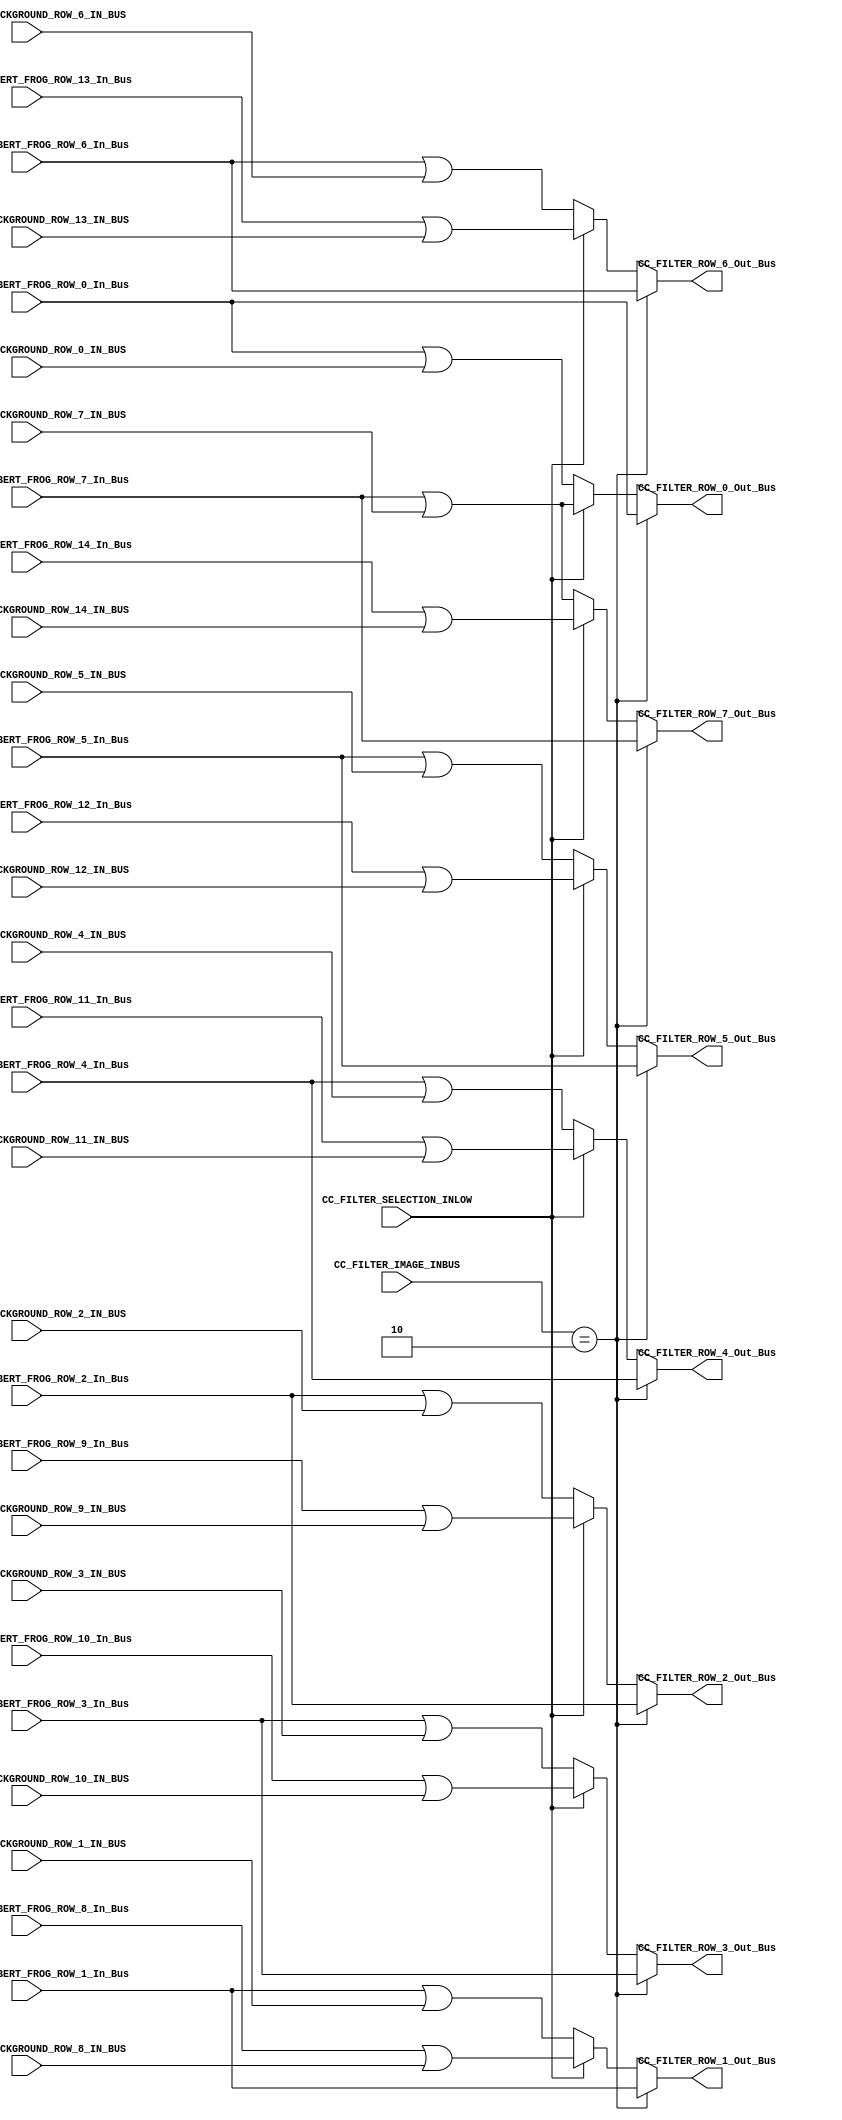
/*######################################################################
//#	G0B1T: HDL EXAMPLES. 2018.
//######################################################################
//# Copyright (C) 2018. F.E.Segura-Quijano (FES) fsegura@uniandes.edu.co
//# 
//# This program is free software: you can redistribute it and/or modify
//# it under the terms of the GNU General Public License as published by
//# the Free Software Foundation, version 3 of the License.
//#
//# This program is distributed in the hope that it will be useful,
//# but WITHOUT ANY WARRANTY; without even the implied warranty of
//# MERCHANTABILITY or FITNESS FOR A PARTICULAR PURPOSE.  See the
//# GNU General Public License for more details.
//#
//# You should have received a copy of the GNU General Public License
//# along with this program.  If not, see <http://www.gnu.org/licenses/>
//####################################################################*/
//=======================================================
//  MODULE Definition
//=======================================================
module CC_FILTER (
//////////// OUTPUTS //////////
	CC_FILTER_ROW_0_Out_Bus,
	CC_FILTER_ROW_1_Out_Bus,
	CC_FILTER_ROW_2_Out_Bus,
	CC_FILTER_ROW_3_Out_Bus,
	CC_FILTER_ROW_4_Out_Bus,
	CC_FILTER_ROW_5_Out_Bus,
	CC_FILTER_ROW_6_Out_Bus,
	CC_FILTER_ROW_7_Out_Bus,
	
//////////// INPUTS //////////
	CC_FILTER_ALBERT_FROG_ROW_0_In_Bus,
	CC_FILTER_ALBERT_FROG_ROW_1_In_Bus,
	CC_FILTER_ALBERT_FROG_ROW_2_In_Bus,
	CC_FILTER_ALBERT_FROG_ROW_3_In_Bus,
	CC_FILTER_ALBERT_FROG_ROW_4_In_Bus,
	CC_FILTER_ALBERT_FROG_ROW_5_In_Bus,
	CC_FILTER_ALBERT_FROG_ROW_6_In_Bus,
	CC_FILTER_ALBERT_FROG_ROW_7_In_Bus,
	CC_FILTER_ALBERT_FROG_ROW_8_In_Bus,
	CC_FILTER_ALBERT_FROG_ROW_9_In_Bus,
	CC_FILTER_ALBERT_FROG_ROW_10_In_Bus,
	CC_FILTER_ALBERT_FROG_ROW_11_In_Bus,
	CC_FILTER_ALBERT_FROG_ROW_12_In_Bus,
	CC_FILTER_ALBERT_FROG_ROW_13_In_Bus,
	CC_FILTER_ALBERT_FROG_ROW_14_In_Bus,
	
	CC_FILTER_BACKGROUND_ROW_0_IN_BUS,
	CC_FILTER_BACKGROUND_ROW_1_IN_BUS,
	CC_FILTER_BACKGROUND_ROW_2_IN_BUS,
	CC_FILTER_BACKGROUND_ROW_3_IN_BUS,
	CC_FILTER_BACKGROUND_ROW_4_IN_BUS,
	CC_FILTER_BACKGROUND_ROW_5_IN_BUS,
	CC_FILTER_BACKGROUND_ROW_6_IN_BUS,
	CC_FILTER_BACKGROUND_ROW_7_IN_BUS,
	CC_FILTER_BACKGROUND_ROW_8_IN_BUS,
	CC_FILTER_BACKGROUND_ROW_9_IN_BUS,
	CC_FILTER_BACKGROUND_ROW_10_IN_BUS,
	CC_FILTER_BACKGROUND_ROW_11_IN_BUS,
	CC_FILTER_BACKGROUND_ROW_12_IN_BUS,
	CC_FILTER_BACKGROUND_ROW_13_IN_BUS,
	CC_FILTER_BACKGROUND_ROW_14_IN_BUS,
	
	CC_FILTER_SELECTION_INLOW,
	CC_FILTER_IMAGE_INBUS
);
//=======================================================
//  PARAMETER declarations
//=======================================================
parameter DATAWIDTH_BUS = 8;
//=======================================================
//  PORT declarations
//=======================================================
output	reg [DATAWIDTH_BUS-1:0] CC_FILTER_ROW_0_Out_Bus;
output	reg [DATAWIDTH_BUS-1:0] CC_FILTER_ROW_1_Out_Bus;
output	reg [DATAWIDTH_BUS-1:0] CC_FILTER_ROW_2_Out_Bus;
output	reg [DATAWIDTH_BUS-1:0] CC_FILTER_ROW_3_Out_Bus;
output	reg [DATAWIDTH_BUS-1:0] CC_FILTER_ROW_4_Out_Bus;
output	reg [DATAWIDTH_BUS-1:0] CC_FILTER_ROW_5_Out_Bus;
output	reg [DATAWIDTH_BUS-1:0] CC_FILTER_ROW_6_Out_Bus;
output	reg [DATAWIDTH_BUS-1:0] CC_FILTER_ROW_7_Out_Bus;
input    CC_FILTER_SELECTION_INLOW;
input		[1:0] CC_FILTER_IMAGE_INBUS;
input 	[DATAWIDTH_BUS-1:0] CC_FILTER_ALBERT_FROG_ROW_0_In_Bus;
input 	[DATAWIDTH_BUS-1:0] CC_FILTER_ALBERT_FROG_ROW_1_In_Bus;
input 	[DATAWIDTH_BUS-1:0] CC_FILTER_ALBERT_FROG_ROW_2_In_Bus;
input 	[DATAWIDTH_BUS-1:0] CC_FILTER_ALBERT_FROG_ROW_3_In_Bus;
input 	[DATAWIDTH_BUS-1:0] CC_FILTER_ALBERT_FROG_ROW_4_In_Bus;
input 	[DATAWIDTH_BUS-1:0] CC_FILTER_ALBERT_FROG_ROW_5_In_Bus;
input 	[DATAWIDTH_BUS-1:0] CC_FILTER_ALBERT_FROG_ROW_6_In_Bus;
input 	[DATAWIDTH_BUS-1:0] CC_FILTER_ALBERT_FROG_ROW_7_In_Bus;
input 	[DATAWIDTH_BUS-1:0] CC_FILTER_ALBERT_FROG_ROW_8_In_Bus;
input 	[DATAWIDTH_BUS-1:0] CC_FILTER_ALBERT_FROG_ROW_9_In_Bus;
input 	[DATAWIDTH_BUS-1:0] CC_FILTER_ALBERT_FROG_ROW_10_In_Bus;
input 	[DATAWIDTH_BUS-1:0] CC_FILTER_ALBERT_FROG_ROW_11_In_Bus;
input 	[DATAWIDTH_BUS-1:0] CC_FILTER_ALBERT_FROG_ROW_12_In_Bus;
input 	[DATAWIDTH_BUS-1:0] CC_FILTER_ALBERT_FROG_ROW_13_In_Bus;
input 	[DATAWIDTH_BUS-1:0] CC_FILTER_ALBERT_FROG_ROW_14_In_Bus;
input 	[DATAWIDTH_BUS-1:0] CC_FILTER_BACKGROUND_ROW_0_IN_BUS;
input 	[DATAWIDTH_BUS-1:0] CC_FILTER_BACKGROUND_ROW_1_IN_BUS;
input 	[DATAWIDTH_BUS-1:0] CC_FILTER_BACKGROUND_ROW_2_IN_BUS;
input 	[DATAWIDTH_BUS-1:0] CC_FILTER_BACKGROUND_ROW_3_IN_BUS;
input 	[DATAWIDTH_BUS-1:0] CC_FILTER_BACKGROUND_ROW_4_IN_BUS;
input 	[DATAWIDTH_BUS-1:0] CC_FILTER_BACKGROUND_ROW_5_IN_BUS;
input 	[DATAWIDTH_BUS-1:0] CC_FILTER_BACKGROUND_ROW_6_IN_BUS;
input 	[DATAWIDTH_BUS-1:0] CC_FILTER_BACKGROUND_ROW_7_IN_BUS;
input 	[DATAWIDTH_BUS-1:0] CC_FILTER_BACKGROUND_ROW_8_IN_BUS;
input 	[DATAWIDTH_BUS-1:0] CC_FILTER_BACKGROUND_ROW_9_IN_BUS;
input 	[DATAWIDTH_BUS-1:0] CC_FILTER_BACKGROUND_ROW_10_IN_BUS;
input 	[DATAWIDTH_BUS-1:0] CC_FILTER_BACKGROUND_ROW_11_IN_BUS;
input 	[DATAWIDTH_BUS-1:0] CC_FILTER_BACKGROUND_ROW_12_IN_BUS;
input 	[DATAWIDTH_BUS-1:0] CC_FILTER_BACKGROUND_ROW_13_IN_BUS;
input 	[DATAWIDTH_BUS-1:0] CC_FILTER_BACKGROUND_ROW_14_IN_BUS;


//=======================================================
//  REG/WIRE declarations
//=======================================================
//=======================================================
//  Structural coding
//=======================================================
always @(*)
begin
	if (CC_FILTER_IMAGE_INBUS == 2'b10) begin
		CC_FILTER_ROW_0_Out_Bus = CC_FILTER_ALBERT_FROG_ROW_0_In_Bus;
		CC_FILTER_ROW_1_Out_Bus = CC_FILTER_ALBERT_FROG_ROW_1_In_Bus;
		CC_FILTER_ROW_2_Out_Bus = CC_FILTER_ALBERT_FROG_ROW_2_In_Bus;
		CC_FILTER_ROW_3_Out_Bus = CC_FILTER_ALBERT_FROG_ROW_3_In_Bus;
		CC_FILTER_ROW_4_Out_Bus = CC_FILTER_ALBERT_FROG_ROW_4_In_Bus;
		CC_FILTER_ROW_5_Out_Bus = CC_FILTER_ALBERT_FROG_ROW_5_In_Bus;
		CC_FILTER_ROW_6_Out_Bus = CC_FILTER_ALBERT_FROG_ROW_6_In_Bus;
		CC_FILTER_ROW_7_Out_Bus = CC_FILTER_ALBERT_FROG_ROW_7_In_Bus;
		end

	else if (CC_FILTER_SELECTION_INLOW == 0) begin
		CC_FILTER_ROW_0_Out_Bus = (CC_FILTER_ALBERT_FROG_ROW_0_In_Bus | CC_FILTER_BACKGROUND_ROW_0_IN_BUS);
		CC_FILTER_ROW_1_Out_Bus = (CC_FILTER_ALBERT_FROG_ROW_1_In_Bus | CC_FILTER_BACKGROUND_ROW_1_IN_BUS);
		CC_FILTER_ROW_2_Out_Bus = (CC_FILTER_ALBERT_FROG_ROW_2_In_Bus | CC_FILTER_BACKGROUND_ROW_2_IN_BUS);
		CC_FILTER_ROW_3_Out_Bus = (CC_FILTER_ALBERT_FROG_ROW_3_In_Bus | CC_FILTER_BACKGROUND_ROW_3_IN_BUS);
		CC_FILTER_ROW_4_Out_Bus = (CC_FILTER_ALBERT_FROG_ROW_4_In_Bus | CC_FILTER_BACKGROUND_ROW_4_IN_BUS);
		CC_FILTER_ROW_5_Out_Bus = (CC_FILTER_ALBERT_FROG_ROW_5_In_Bus | CC_FILTER_BACKGROUND_ROW_5_IN_BUS);
		CC_FILTER_ROW_6_Out_Bus = (CC_FILTER_ALBERT_FROG_ROW_6_In_Bus | CC_FILTER_BACKGROUND_ROW_6_IN_BUS);
		CC_FILTER_ROW_7_Out_Bus = (CC_FILTER_ALBERT_FROG_ROW_7_In_Bus | CC_FILTER_BACKGROUND_ROW_7_IN_BUS);
		end
		
		
	else begin
		CC_FILTER_ROW_0_Out_Bus = (CC_FILTER_ALBERT_FROG_ROW_7_In_Bus | CC_FILTER_BACKGROUND_ROW_7_IN_BUS);
		CC_FILTER_ROW_1_Out_Bus = (CC_FILTER_ALBERT_FROG_ROW_8_In_Bus | CC_FILTER_BACKGROUND_ROW_8_IN_BUS);
		CC_FILTER_ROW_2_Out_Bus = (CC_FILTER_ALBERT_FROG_ROW_9_In_Bus | CC_FILTER_BACKGROUND_ROW_9_IN_BUS);
		CC_FILTER_ROW_3_Out_Bus = (CC_FILTER_ALBERT_FROG_ROW_10_In_Bus | CC_FILTER_BACKGROUND_ROW_10_IN_BUS);
		CC_FILTER_ROW_4_Out_Bus = (CC_FILTER_ALBERT_FROG_ROW_11_In_Bus | CC_FILTER_BACKGROUND_ROW_11_IN_BUS);
		CC_FILTER_ROW_5_Out_Bus = (CC_FILTER_ALBERT_FROG_ROW_12_In_Bus | CC_FILTER_BACKGROUND_ROW_12_IN_BUS);
		CC_FILTER_ROW_6_Out_Bus = (CC_FILTER_ALBERT_FROG_ROW_13_In_Bus | CC_FILTER_BACKGROUND_ROW_13_IN_BUS);
		CC_FILTER_ROW_7_Out_Bus = (CC_FILTER_ALBERT_FROG_ROW_14_In_Bus | CC_FILTER_BACKGROUND_ROW_14_IN_BUS);
		end

end

endmodule